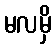
မလမှိ